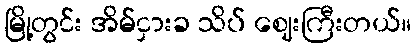
မြို့တွင်း အိမ်ငှားခ သိပ် ဈေးကြီးတယ်။